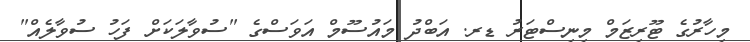
މިހާރުގެ ޓޫރިޒަމް މިނިސްޓަރު ޑރ. އަބްދު މައުސޫމް އަވަސްގެ "ސުވާލަކަށް ފަހު ސުވާލެއް"